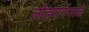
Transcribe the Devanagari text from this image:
लोहमार्गजाळे